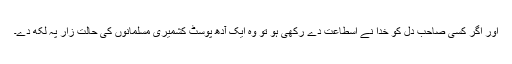
اور اگر کسی صاحب دل کو خدا نے اسطاعت دے رکھی ہو تو وہ ایک آدھ پوسٹ کشمیری مسلمانوں کی حالت زار پہ لکھ دے۔